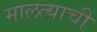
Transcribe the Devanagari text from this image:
मालत्याची